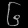
Digit: ၆